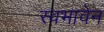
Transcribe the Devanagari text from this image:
स्वभावेन